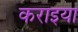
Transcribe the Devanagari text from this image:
कराइया